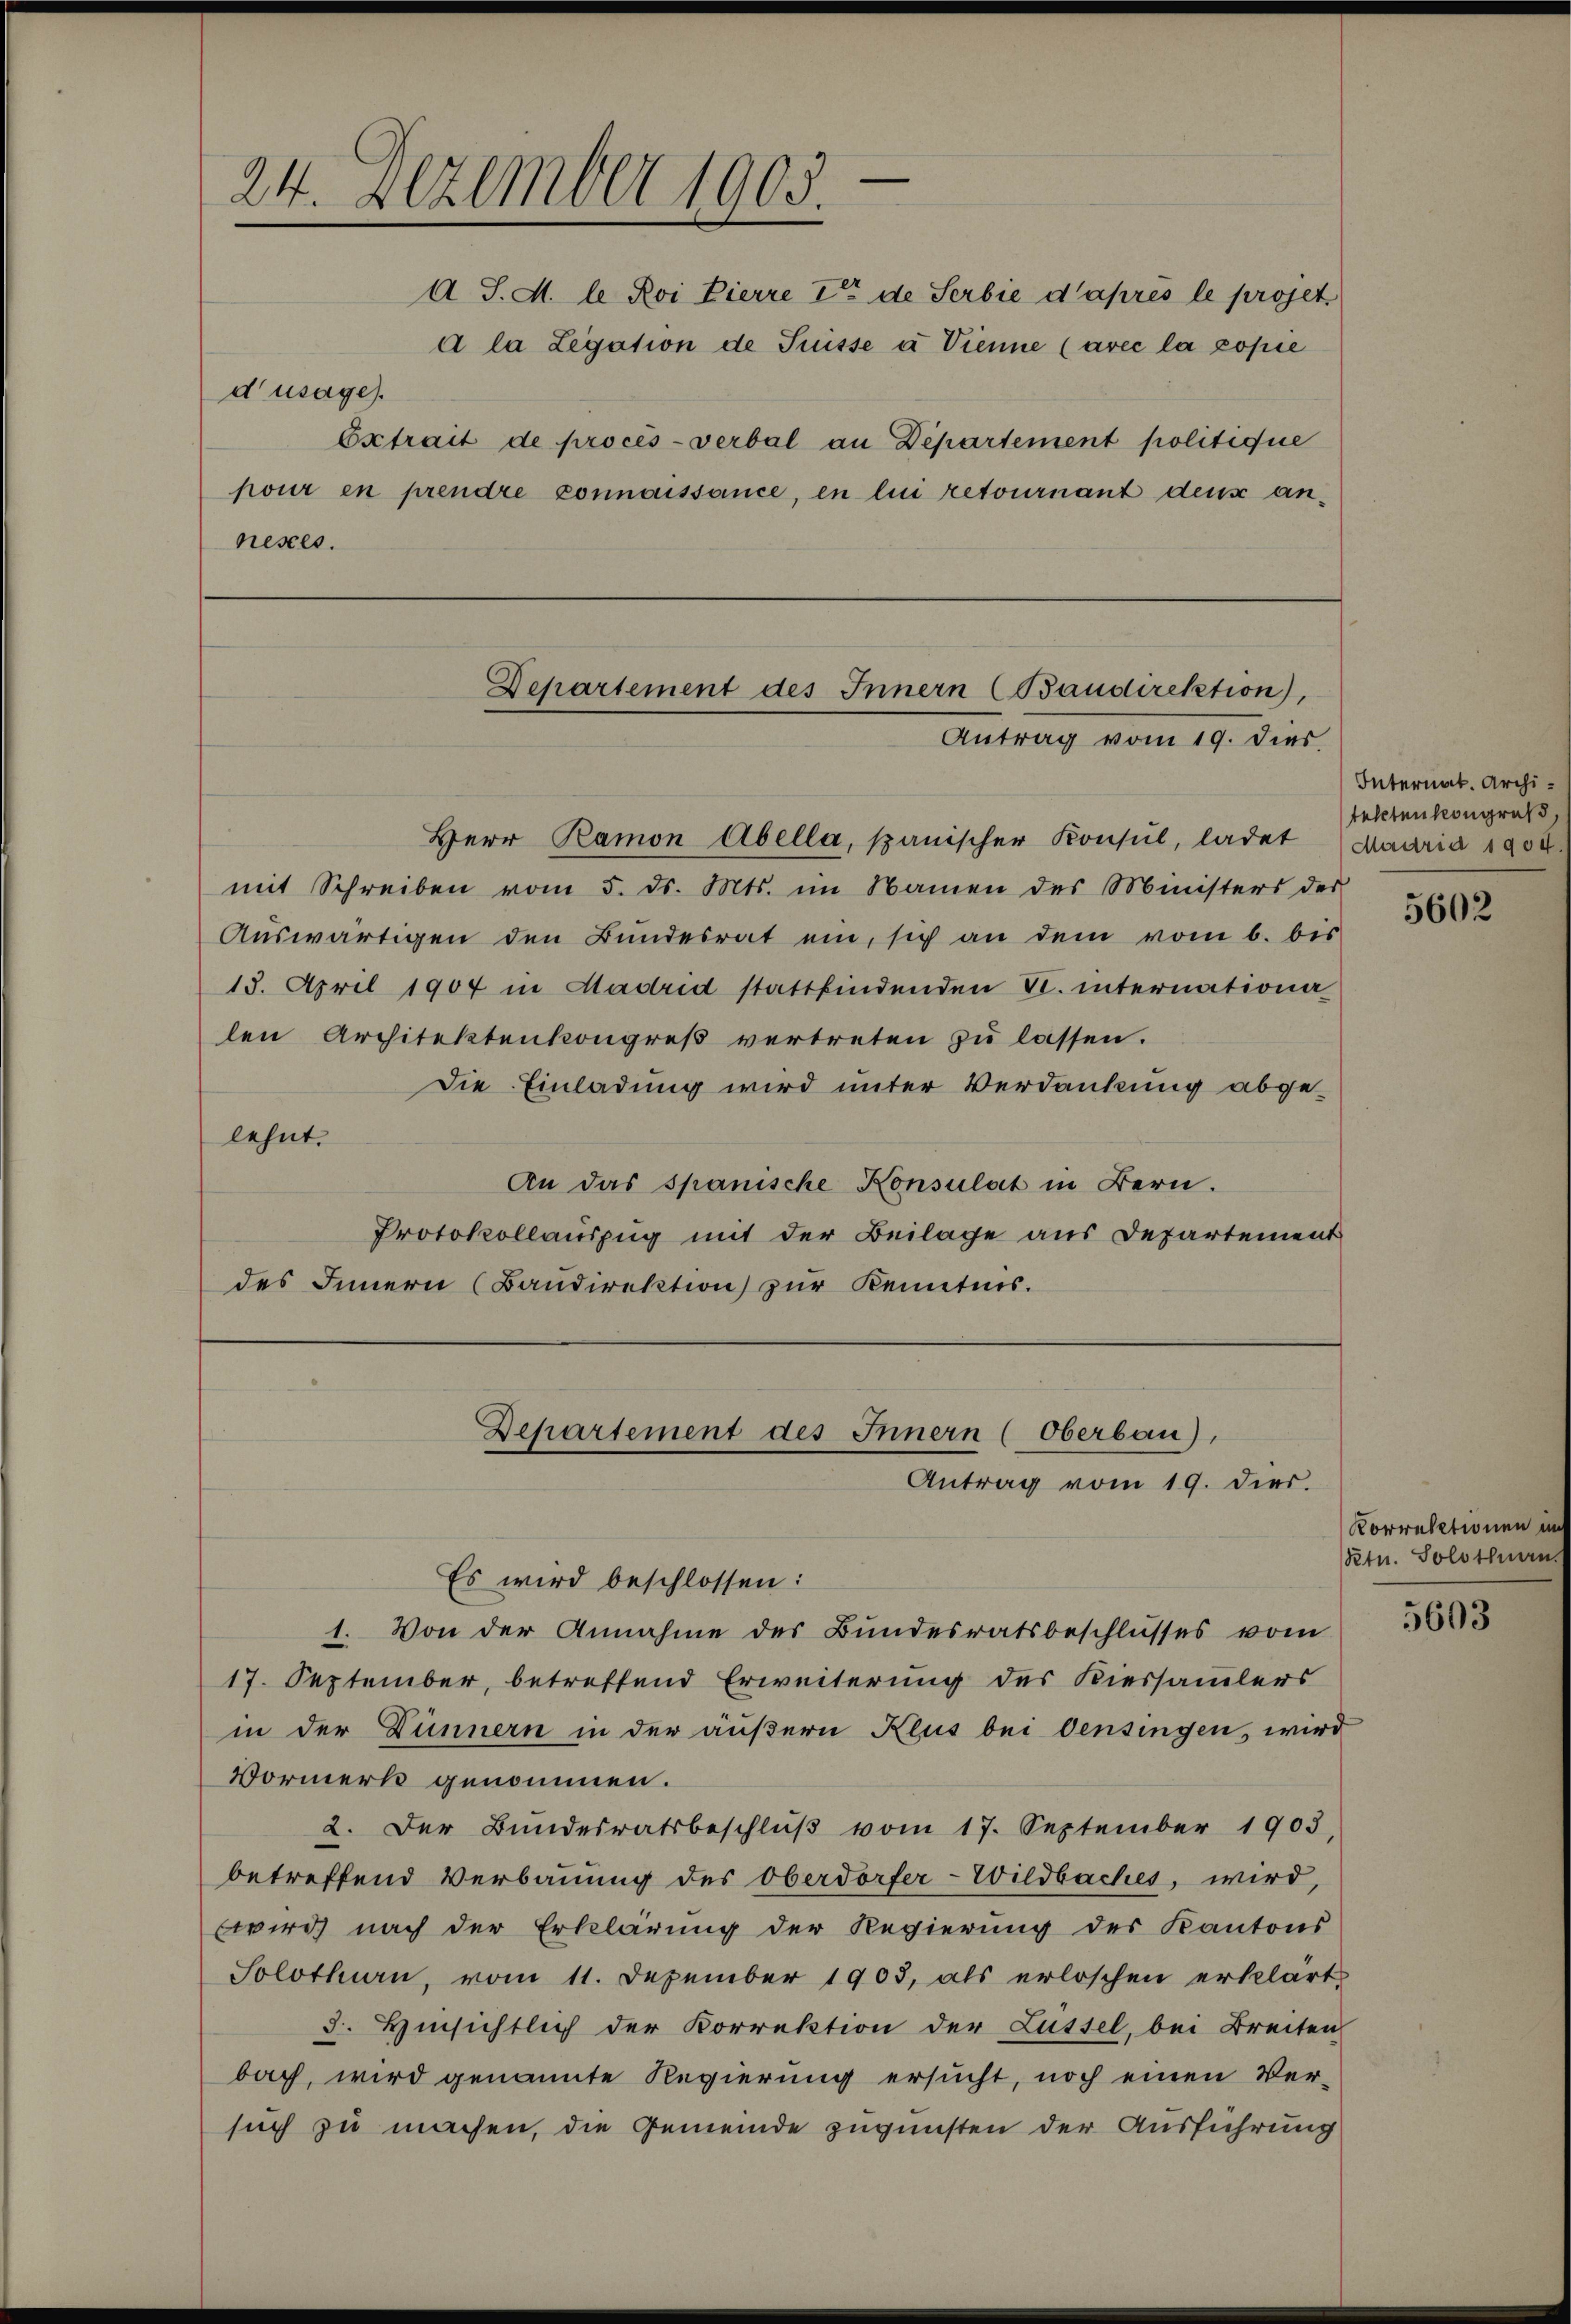
24. Dezember 1905.

d J. M. le Roi Pierre Inter de Serbie d’après le projet,
a la Legation de Suisse à Vienne (avec la copie
d’usage).
Extrait de procès-verbal an Departement politique
pour en prendre connaissance, en lui retournant dens anneses

Departement des Innern (Baudirektion),
Antrag vom 19. dies

Herr Ramon Abella, spanischer Konsul, ladet
mit Schreiben vom 5. ds. Mts. im Namen des Ministers des
Auswärtigen den Bundesrat ein, sich an dem vom 6. bis
13. April 1907 in Madrid stattfindenden VI. internationa
len Architektenkongreß vertreten zu lassen.
Die Einladung wird unter Verdankung abgelehnt.
An das spanische Konsulat in Bern.
Protokollauszug mit der Beilage aus Departement
des Innern (Baudirektion zur Kenntnis.

Departement des Innern (Oberbau),
Antrag vom 19. dies.

Es wird beschlossen:
1. Von der Annahme des Bundesratsbeschlusses vom
17. September, betreffend Erweiterung des Kiessammlers
in der Dünnern in der äußern Keus bei Oensingen, wird
Vormerk genommen.
2. Der Bŭndesratsbeschlŭβ vom 17. September 1903,
betreffend Verbauung des Oberdorfer-Wildbaches, wird,
wird nach der Erklärung der Regierung des Kantons
Solothurn, vom 11. Dezember 1903, als erloschen erklärt
3. Hinsichtlich der Korrektion der Lüssel, bei Breiten
bach, wird genannte Regierung ersucht, noch einen Versuch zu machen, die Gemeinde zugunsten der Ausführung

Internat. Architelltenkongruß.
Madrid 1904

5602

Korrektionen im
Ptn. Solothurn

5603